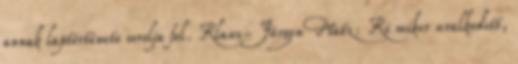
annak laptörténete sorolja fel. Klaus-Jürgen Matz: Ki mikor uralkodott,